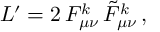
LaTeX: { \cal L } ^ { \prime } = 2 \, F _ { \mu \nu } ^ { k } \, \tilde { F } _ { \mu \nu } ^ { k } \, ,